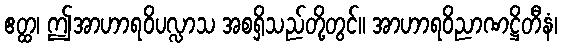
ဧတ္ထ၊ ဤအာဟာရဝိပလ္လာသ အစရှိသည်တို့တွင်။ အာဟာရဝိညာဏဋ္ဌိတီနံ၊